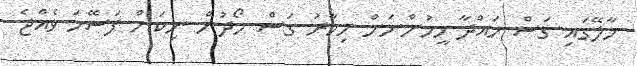
މާލޭގައި ގަސް ހައްދާ މީހުންނަށް މިހާރު ގަސް ހޯދުން ނިކަން ފަސޭހަ ވެއްޖެ